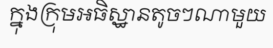
ក្នុងក្រុមអធិស្ឋានតូចៗណាមួយ